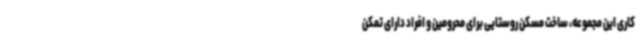
کاری این مجموعه، ساخت مسکن روستایی برای محرومین و افراد دارای تمکن